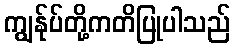
ကျွန်ုပ်တို့ကတိပြုပါသည်